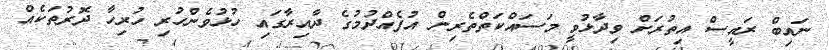
ނައިބް ރައީސް އިތުރަށް ވިދާޅުވީ މަސައްކަތްތެރިން އުފެއްދުމުގެ ދާއިރާގައި ހުޅުވެންހުރި ހުރިހާ ދޮރުތަކެއް